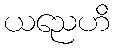
ယညေဟိ